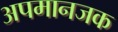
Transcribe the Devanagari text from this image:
अपमानजक